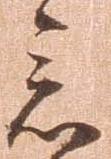
念